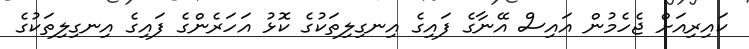
ކައިރިއަށް ޖެހެމުން އައިސް އޭނާގެ ފައިގެ އިނގިލިތަކުގެ ކޮޅު އަހަރެންގެ ފައިގެ އިނގިލިތަކުގެ